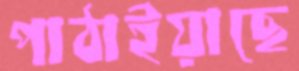
পাঠাইয়াছে